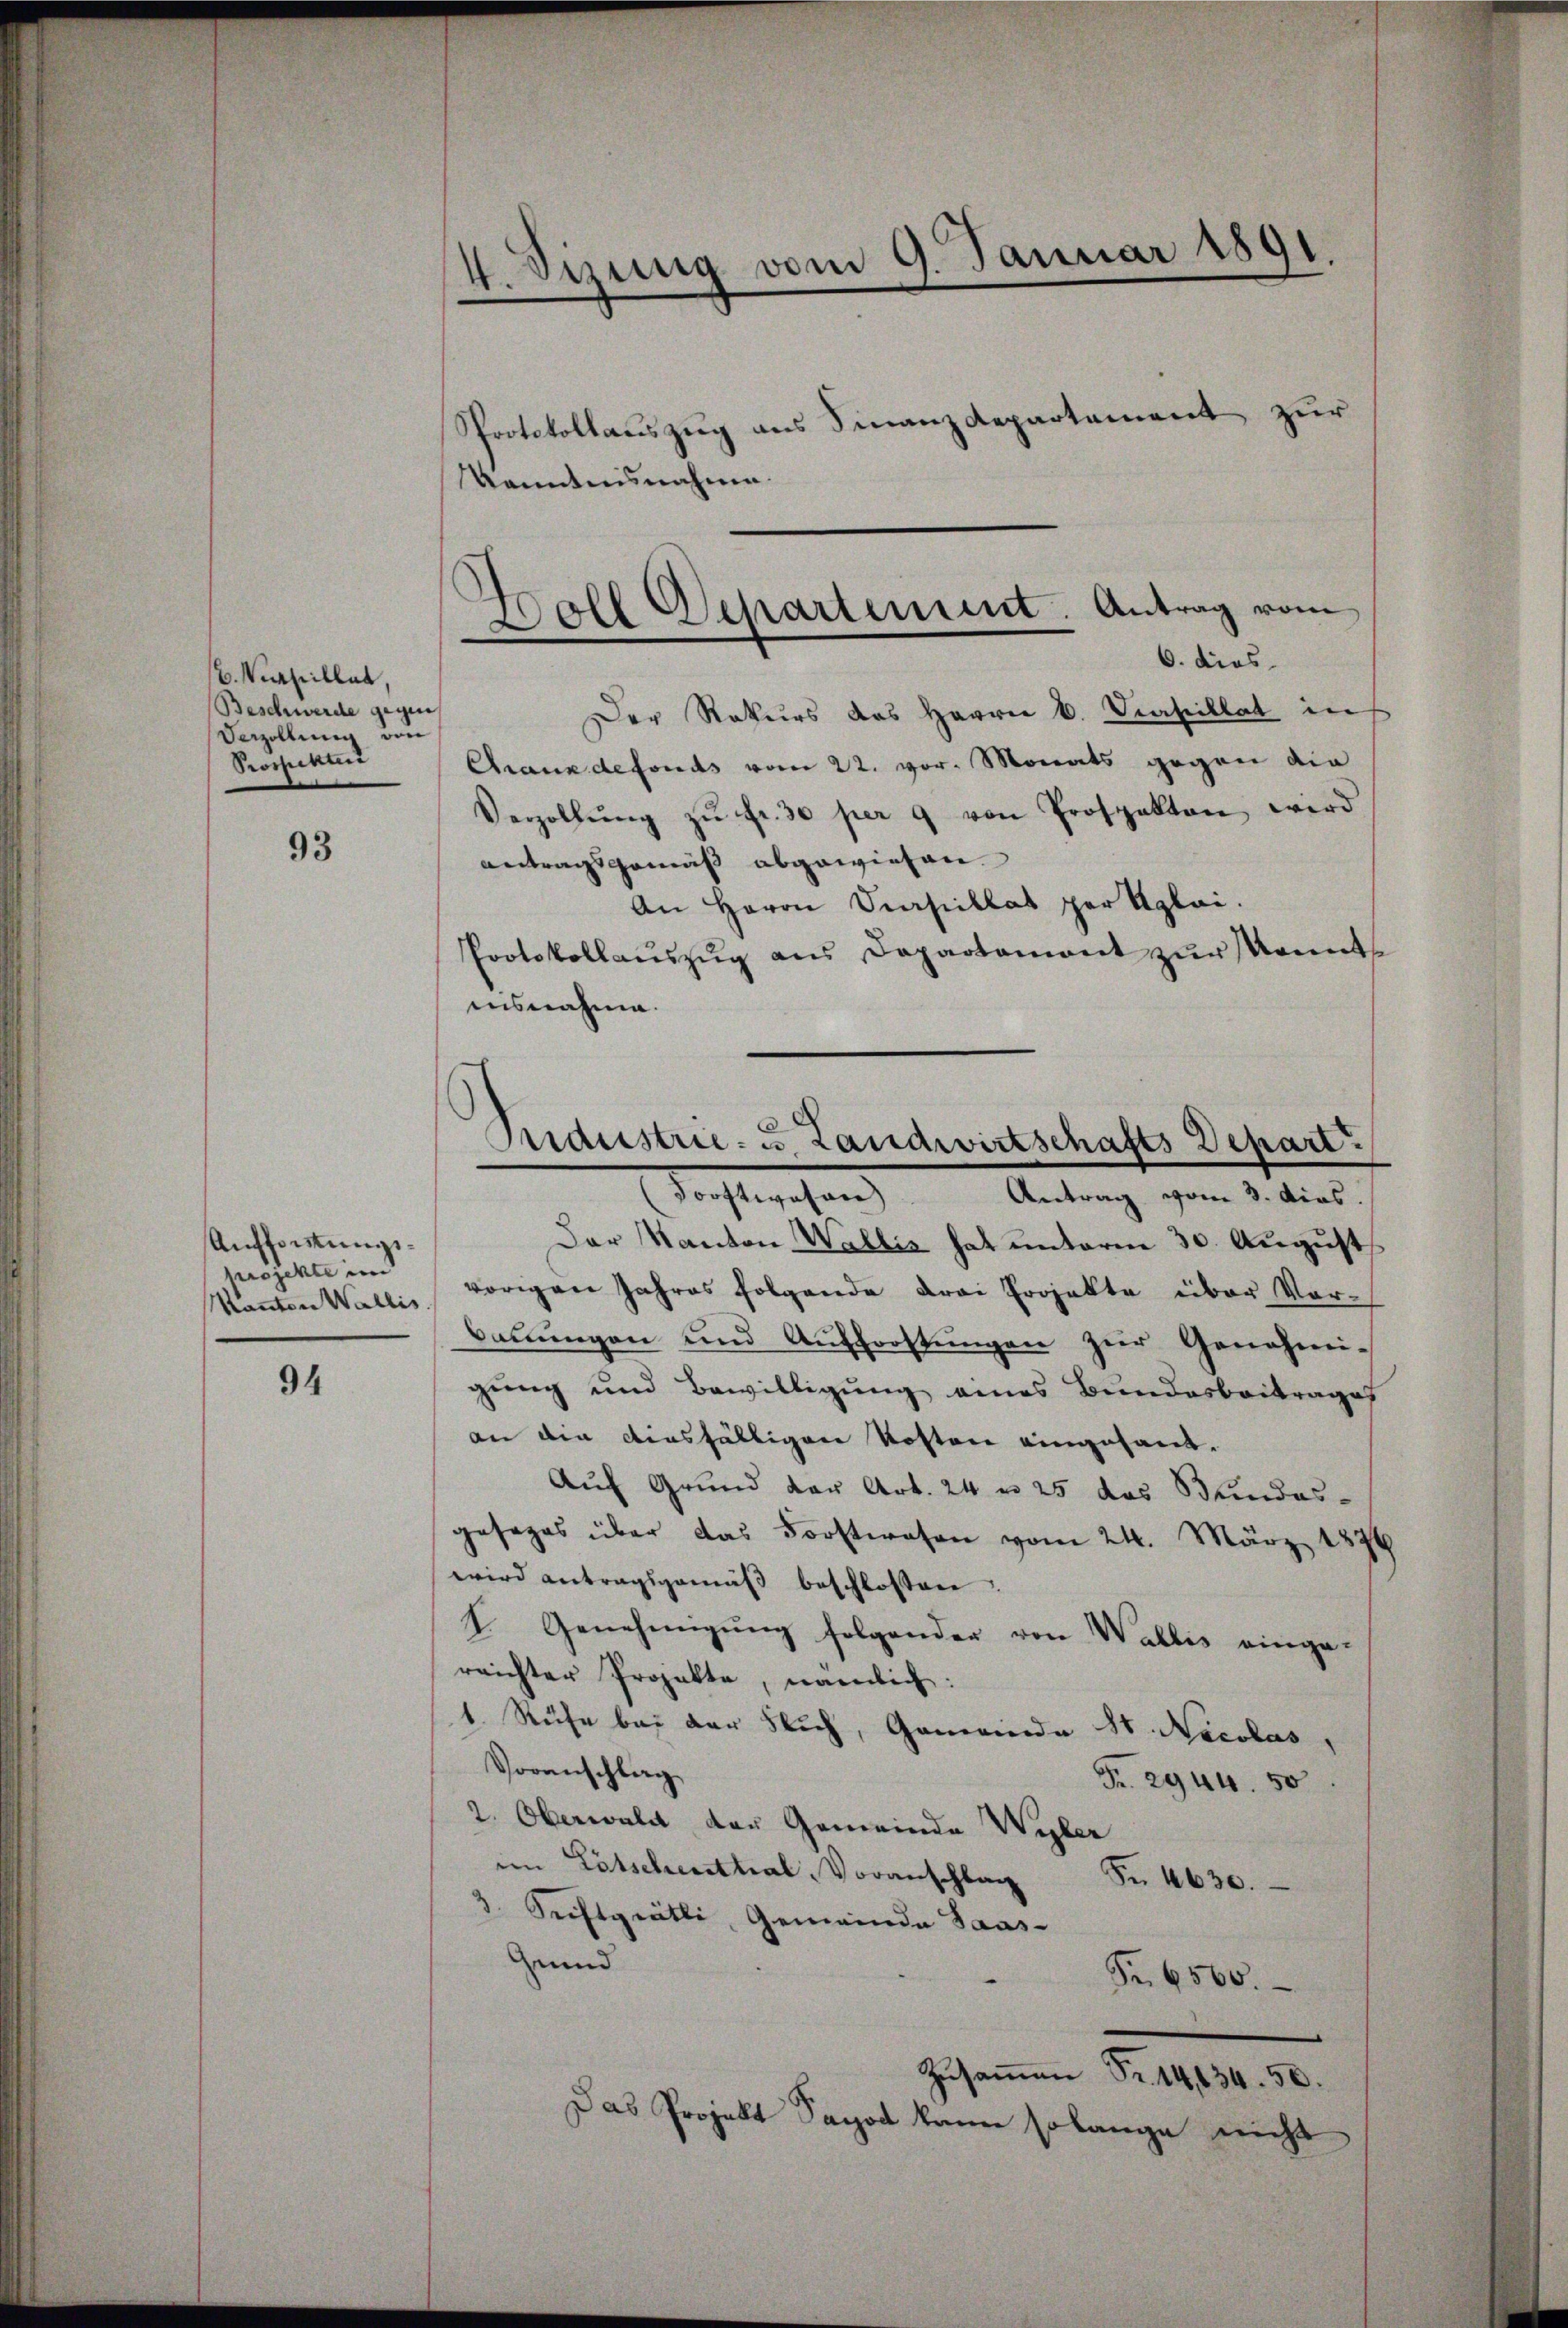
. Versillat,
Beschwerde gegen,
Verzöllung von
Prospukten

93

Auffortungsprojekte im
Manten Wallis.

94

4. Sizung vom 9. Januar 1891.
Sprotokollaŭszŭg ans Finanzdepartament zur
Kenntnisnahme

Der Rekurs das Herrn D. Prasillat in
Chauxdefonds vom 22. vor. Monats gegen die
Verzollŭng zŭ fr. 30 per 9 von Prospekton, wird
antragsgemäss abgewiesen.
An Herrn Senseillat per glai.
Protokollaŭszŭg ans Departament zŭr konnts
ausnahme.

Forstwesene Antrag vom 3. dies.
Der Kanton Wallis hat unterm 30. August
vorigen Jahres folgende drei Projekte über Vor-
baŭŭngen und Aufforstŭngen zur Genehmi-
gung und Bewilligung eines Bundesbeitrages
an die diesfälligen Kosten eingesand¬
Auf Grund der Art. 24 u 25 das Bundes-
gesages über das Forstwesen vom 24. März 1874
wird antragsgemäß beschlossen
I. Genehmigung folgender von Wallis einge-
reichter Projekte, nämlich:
1. Ruhe bei der Fluch, Gemeinde St. Nicolas
Voranschlag
Fr. 2944. 50.
2. Oberwald der Gemeinde Weber
im Lötschensttial-Voranschlag
Fr. 1630.
3 Seftgrätli, Gemeinde Saus-
Grund
Fr. 6500.
Zusammen Fr. 14,834. 50.
Das Projekt Sapot kann solange nicht

Doll Separtement. Antrag vom
6. dies

Pridistrie- u. Landwirtschafts Depart
e